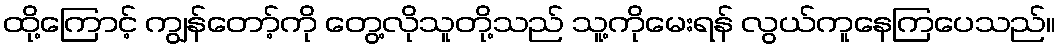
ထို့ကြောင့် ကျွန်တော့်ကို တွေ့လိုသူတို့သည် သူ့ကိုမေးရန် လွယ်ကူနေကြပေသည်။